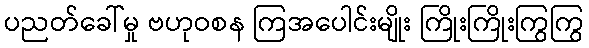
ပညတ်ခေါ်မှု ဗဟုဝစန ကြအပေါင်းမျိုး ကြိုးကြိုးကြွကြွ